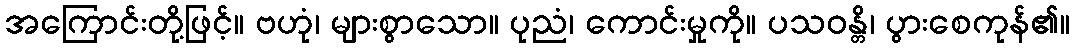
အကြောင်းတို့ဖြင့်။ ဗဟုံ၊ များစွာသော။ ပုညံ၊ ကောင်းမှုကို။ ပသဝန္တိ၊ ပွားစေကုန်၏။